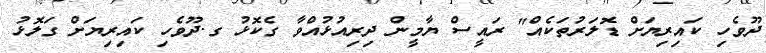
ދޫވެހި ކައިރިޔަށް ޑޮލަރުތަކެއް" ރައީސް ޔާމީން ދިރިއުޅުއްވާ ގެކޮޅު ގ.ދޫވެހި ކައިރިޔަށް ގަލޮޅު